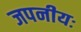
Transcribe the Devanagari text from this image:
जपनीयः